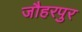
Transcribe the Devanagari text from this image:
जौहरपुर